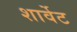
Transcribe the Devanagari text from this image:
शार्वेट